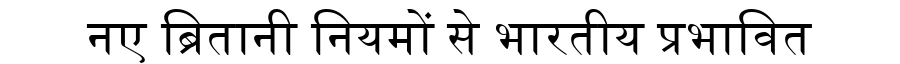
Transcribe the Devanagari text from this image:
नए ब्रितानी नियमों से भारतीय प्रभावित